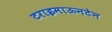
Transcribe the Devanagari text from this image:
टराइमाऊनटेन